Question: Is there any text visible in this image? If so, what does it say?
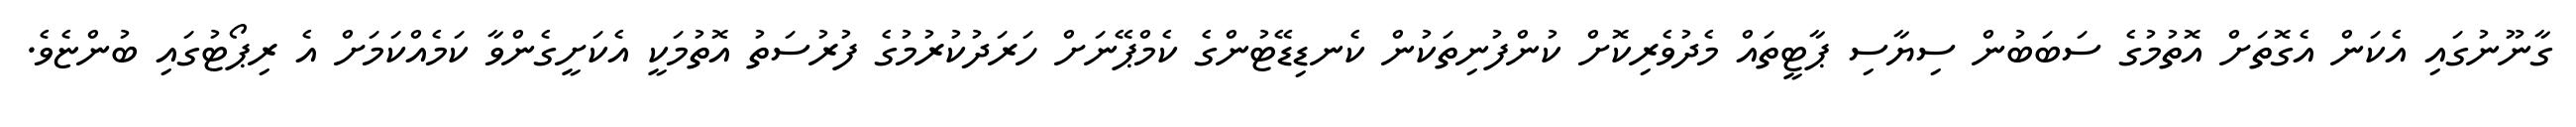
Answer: ގާނޫނުގައި އެކަން އެގޮތަށް އޮތުމުގެ ސަބަބުން ސިޔާސި ޕާޓީތައް މެދުވެރިކޮށް ކުންފުނިތަކުން ކެނޑިޑޭޓުންގެ ކެމްޕޭނަށް ހަރަދުކުރުމުގެ ފުރުސަތު އޮތުމަކީ އެކަށީގެންވާ ކަމެއްކަމަށް އެ ރިޕޯޓުގައި ބުންޏެވެ.